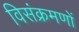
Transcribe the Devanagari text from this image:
विसंक्रमणों